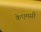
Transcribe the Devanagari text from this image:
केएमसी